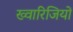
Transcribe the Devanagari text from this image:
ख्वारिजियों